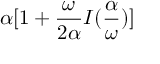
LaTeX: \alpha [ 1 + { \frac { \omega } { 2 \alpha } } I ( { \frac { \alpha } { \omega } } ) ]